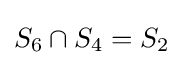
S_{6}\cap S_{4}=S_{2}